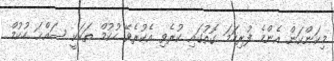
މިކަންކަން އެންމެ ފުރިހަމަ ގޮތުގައި ކުރެވި އެކުރެވޭ ހުކުމް ތަކަކީ ސައްޙަ ހުކުމް